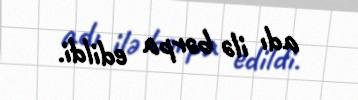
adı ilə bərpa edildi.